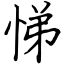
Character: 悌